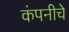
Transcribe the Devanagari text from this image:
कंपनीचेे